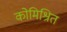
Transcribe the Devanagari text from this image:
कोमिश्रित